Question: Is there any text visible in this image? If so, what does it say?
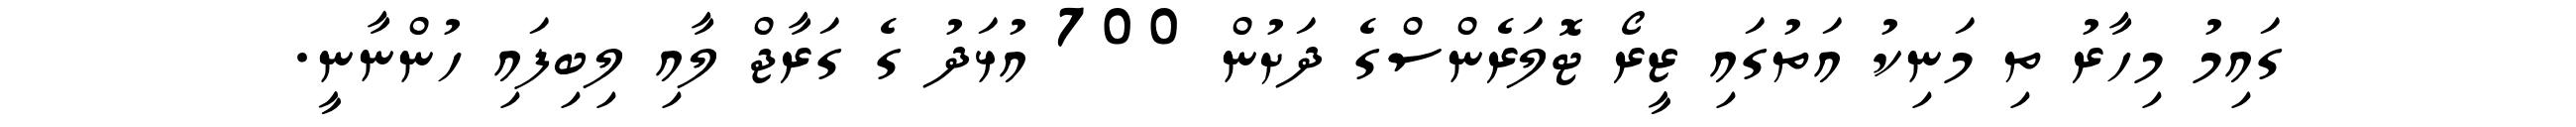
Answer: ގައިމު މިހާރު ތި މަނިކު އަތުގައި ޒީރޯ ޓޮލަރެންސްގެ ދަށުން 700 އުޅަދު ގެ ގަރާޖް ލާއި ލިބިފައި ހުންނާނީ.